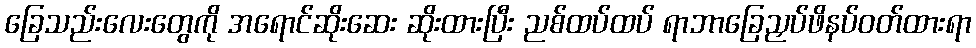
ခြေသည်းလေးတွေကို အရောင်ဆိုးဆေး ဆိုးထားပြီး ညစ်ထပ်ထပ် ရာဘာခြေညှပ်ဖိနပ်ဝတ်ထားရာ